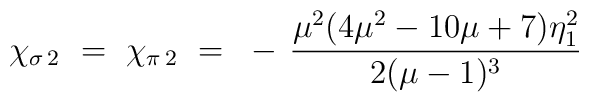
\chi_{\sigma \, 2} ~=~ \chi_{\pi \, 2} ~=~- \, \frac{\mu^2(4\mu^2-10\mu+7)\eta^2_1}{2(\mu-1)^3}